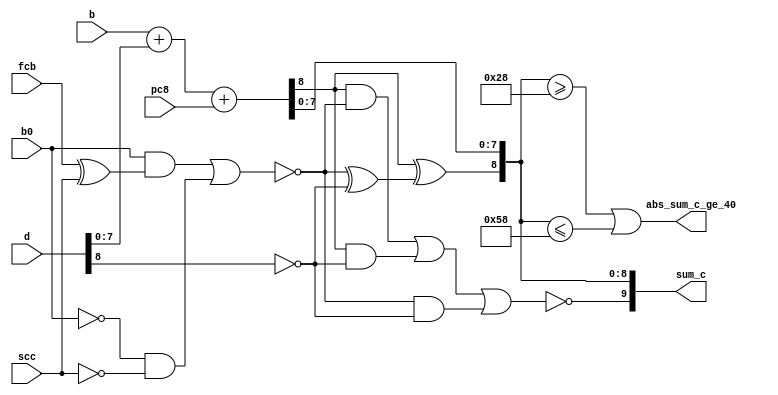
// This program was cloned from: https://github.com/jakubfi/mera400f
// License: GNU General Public License v2.0

module expadd(
	input [0:7] b,
	input [-1:7] d,
	input pc8,
	input fcb,
	input scc,
	input b0,
	output abs_sum_c_ge_40,
	output [-2:7] sum_c
);

	wire sum_c_1_tmp;
	assign {sum_c_1_tmp, sum_c[0:7]} = b + d[0:7] + pc8;

	wire M9_3 = fcb ^ scc;
	wire M3_6 = ~((b0 & M9_3) | (~b0 & ~scc));
	wire M27_8 = M3_6 ^ ~d[-1];
	assign sum_c[-2] = ~((sum_c_1_tmp & M3_6) | (sum_c_1_tmp & ~d[-1]) | (M3_6 & ~d[-1]));
	assign sum_c[-1] = sum_c_1_tmp ^ M27_8;

	// --- |sum_c| >= 40 ----------------------------------------------------

	wire signed [0:8] v = sum_c[-1:7];
	assign abs_sum_c_ge_40 = (v >= 40) || (v <= -40);

endmodule

// vim: tabstop=2 shiftwidth=2 autoindent noexpandtab